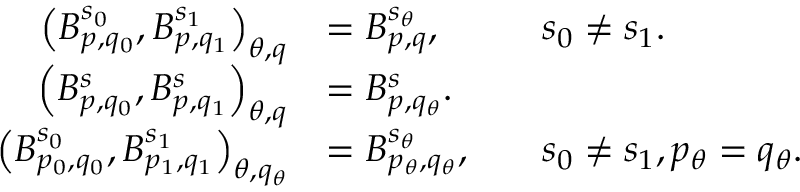
{ \begin{array} { r l r l } { \left( B _ { p , q _ { 0 } } ^ { s _ { 0 } } , B _ { p , q _ { 1 } } ^ { s _ { 1 } } \right) _ { \theta , q } } & { = B _ { p , q } ^ { s _ { \theta } } , } & & { s _ { 0 } \neq s _ { 1 } . } \\ { \left( B _ { p , q _ { 0 } } ^ { s } , B _ { p , q _ { 1 } } ^ { s } \right) _ { \theta , q } } & { = B _ { p , q _ { \theta } } ^ { s } . } \\ { \left( B _ { p _ { 0 } , q _ { 0 } } ^ { s _ { 0 } } , B _ { p _ { 1 } , q _ { 1 } } ^ { s _ { 1 } } \right) _ { \theta , q _ { \theta } } } & { = B _ { p _ { \theta } , q _ { \theta } } ^ { s _ { \theta } } , } & & { s _ { 0 } \neq s _ { 1 } , p _ { \theta } = q _ { \theta } . } \end{array} }